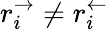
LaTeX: r_{i}^{\rightarrow}\neq r_{i}^{\leftarrow}